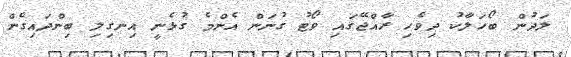
ލަދުން ބޯހަލާކު ދިވެހި ރާއްޖޭގައި ވޯޓު ގުނަން އެންމެ ގުޅެނީ އިނގިލި ބިންދައިގެން